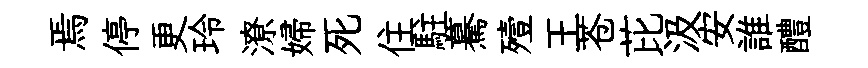
焉停更玲潦婦死住駐驀殪王苍芘汲安誰醴